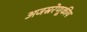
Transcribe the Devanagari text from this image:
अजस्ररेणूकीय